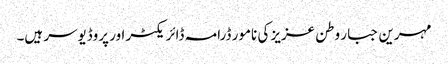
مہرین جبار وطن عزیز کی نامور ڈرامہ ڈائریکٹر اور پروڈیوسر ہیں۔